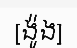
[ង៉ូង]